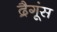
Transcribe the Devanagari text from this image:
द्रैगूंस